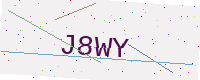
Text: J8WY